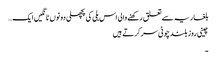
بلغاریہ سے تعلق رکھنے والی اس بلی کی پچھلی دونوں ٹانگیں ایک…
چینی روز بلند چوٹی سر کرتے ہیں
۔